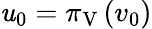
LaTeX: \mathit{u}_{0}=\pi_{\mathrm{{V}}}\left(v_{0}\right)